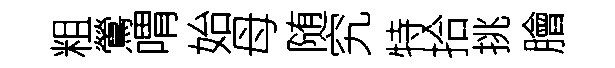
粗鶯喟始母随究特拾挑膾